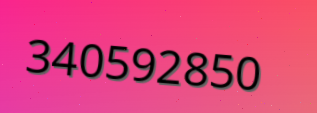
340592850